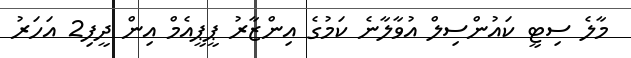
މާލެ ސިޓީ ކައުންސިލް އުވާލާނެ ކަމުގެ އިންޒާރު ޕީޕީއެމް އިން ދީފި2 އަހަރު